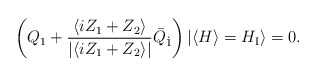
\begin{align*}\left(Q_1 + \frac{\langle i Z_1+Z_2 \rangle}{|\langle i Z_1+Z_2 \rangle|}\bar{Q}_{\dot{1}}\right)| \langle H \rangle=H_{\rm I} \rangle =0.\end{align*}